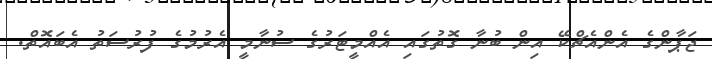
ޖަޕާންގެ އެންއެޗްކޭ އިން ބުނާ ގޮތުގައި އެއްމީޓަރުގެ ސުނާމީ އެރުމުގެ ފުރުސަތު އެބައޮތް.